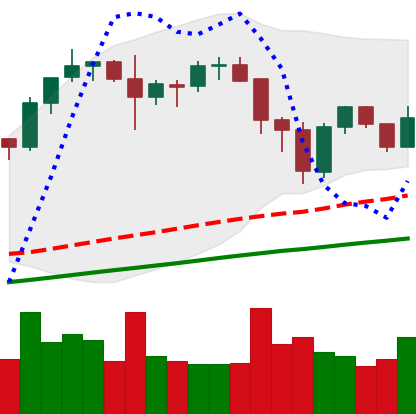
Ticker: BNB-USD
Chart end date: 2021-11-23
Forward return: 3.369%
Label: up_3_5